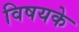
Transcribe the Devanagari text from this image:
विषयके